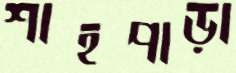
শাহপাড়া